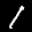
Label: 1